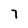
Character: 7